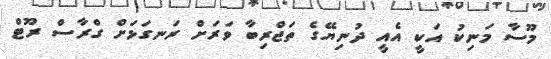
މޫސާ މަނިކު އަކީ އެއީ ދުނިޔޭގެ ތަޖްރިބާ ވަރަށް ރަނގަޅަށް ގްރާސް ރޫޓް